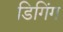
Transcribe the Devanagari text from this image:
डिगिंग